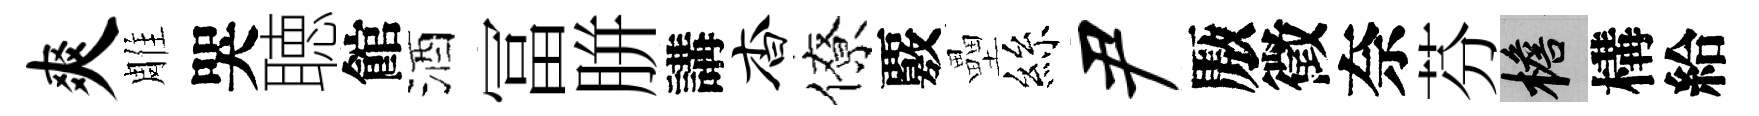
爽雕哭聴館酒冨胼講杳僚覈壘絲尹厫徵奈芬檐構給